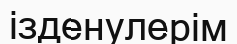
ізденулерім